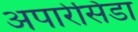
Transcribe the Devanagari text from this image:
अपारेसिडा